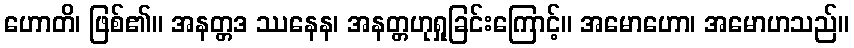
ဟောတိ၊ ဖြစ်၏။ အနတ္တဒ ဿနေန၊ အနတ္တဟုရှုခြင်းကြောင့်။ အမောဟော၊ အမောဟသည်။